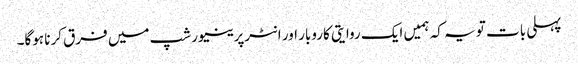
پہلی بات تو یہ کہ ہمیں ایک روایتی کاروبار اور انٹرپرینیورشپ میں فرق کرنا ہوگا۔